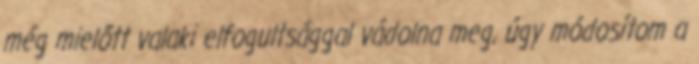
még mielőtt valaki elfogultsággal vádolna meg, úgy módosítom a